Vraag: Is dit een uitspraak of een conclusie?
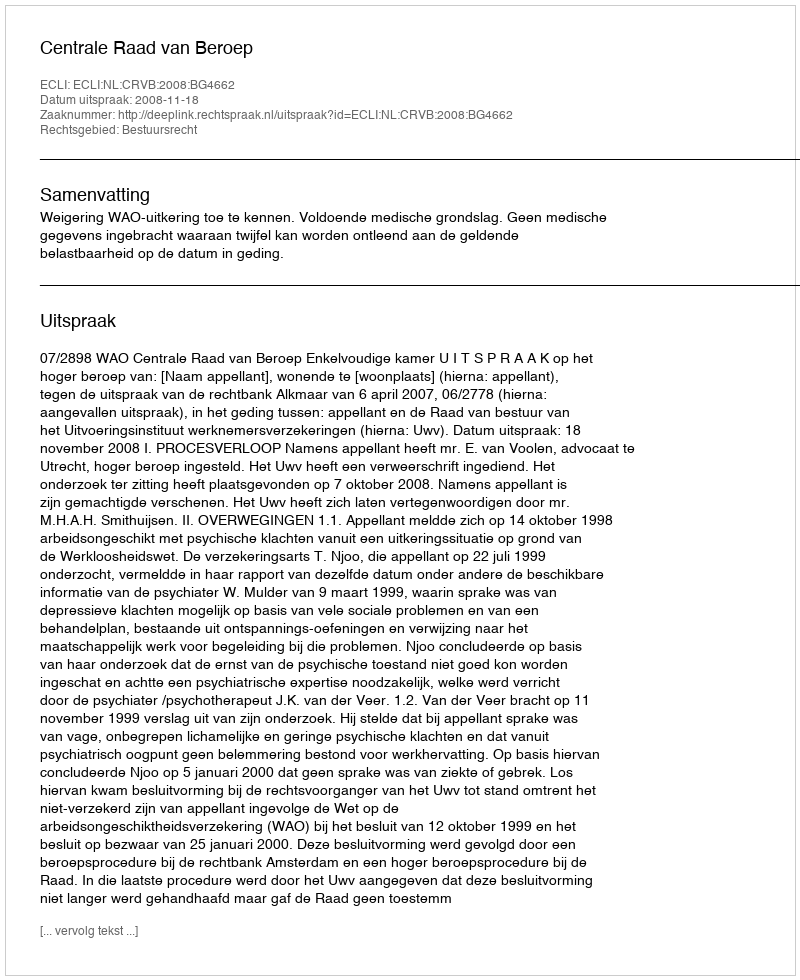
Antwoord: Uitspraak